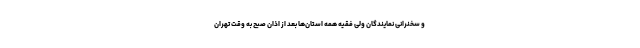
و سخنرانی نمایندگان ولی فقیه همه استان‌ها بعد از اذان صبح به وقت تهران